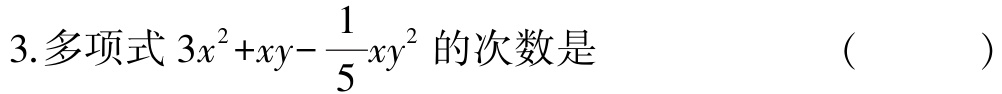
3.多项式\(3x^{2}+xy-\frac{1}{5}xy^{2}\)的次数是 （  ）